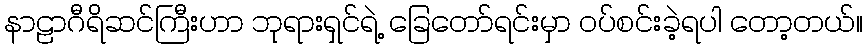
နာဠာဂီရိဆင်ကြီးဟာ ဘုရားရှင်ရဲ့ ခြေတော်ရင်းမှာ ဝပ်စင်းခဲ့ရပါ တော့တယ်။